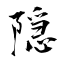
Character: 隠